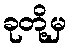
ခုတို့မှ